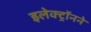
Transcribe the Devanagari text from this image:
इलेक्ट्रॉनने